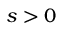
s > 0